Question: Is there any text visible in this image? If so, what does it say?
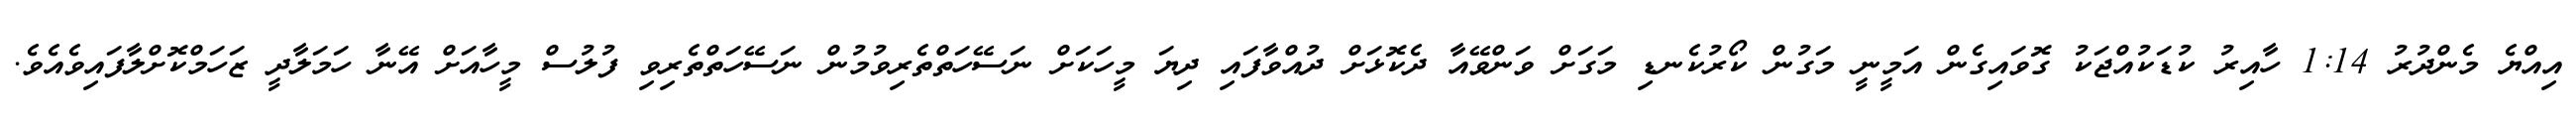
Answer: އިއްޔެ މެންދުރު 1:14 ހާއިރު ކުޑަކުއްޖަކު ގޮވައިގެން އަމީނީ މަގުން ކޯރުކެނޑި މަގަށް ވަންވޭއާ ދެކޮޅަށް ދުއްވާފައި ދިޔަ މީހަކަށް ނަސޭހަތްތެރިވުމުން ނަސޭހަތްތެރިވި ފުލުސް މީހާއަށް އޭނާ ހަމަލާދީ ޒަހަމްކޮށްލާފައިވެއެވެ.